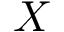
X